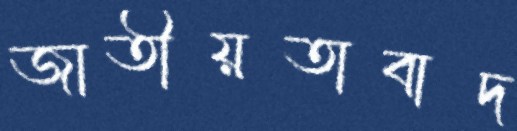
জাতীয়তাবাদ